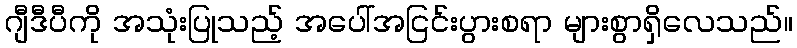
ဂျီဒီပီကို အသုံးပြုသည့် အပေါ်အငြင်းပွားစရာ များစွာရှိလေသည်။